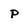
Character: p